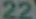
22